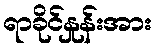
ရာခိုင်နှုန်းအား